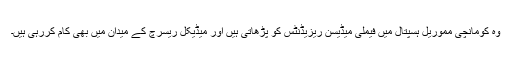
وہ کومانچی مموریل ہسپتال میں‌ فیملی میڈیسن ریزیڈنٹس کو پڑھاتی ہیں‌ اور میڈیکل ریسرچ کے میدان میں‌ بھی کام کررہی ہیں۔